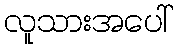
လူသားအပေါ်